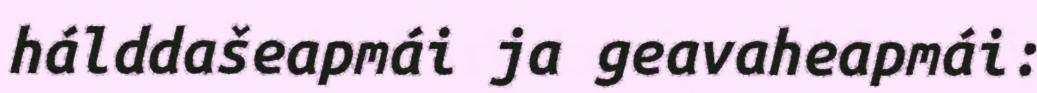
hálddašeapmái ja geavaheapmái: